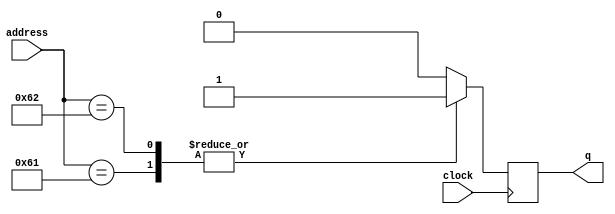
module ROM_dp(
		input	[6:0]	address,
		input		clock,
		output  reg q 
		
);

always@(posedge clock)
begin
	case(address)
7'd97 :   q=1;
7'd98 :   q=1;
default :   q=0;		
		
	endcase
end




endmodule